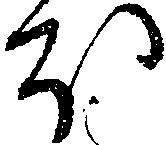
ほ